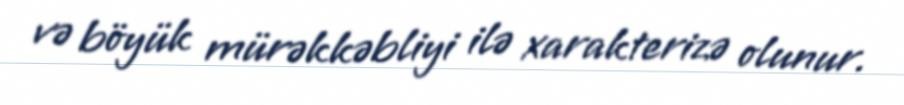
və böyük mürəkkəbliyi ilə xarakterizə olunur.